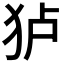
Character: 𰡄